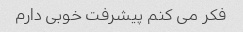
فکر می کنم پیشرفت خوبی دارم